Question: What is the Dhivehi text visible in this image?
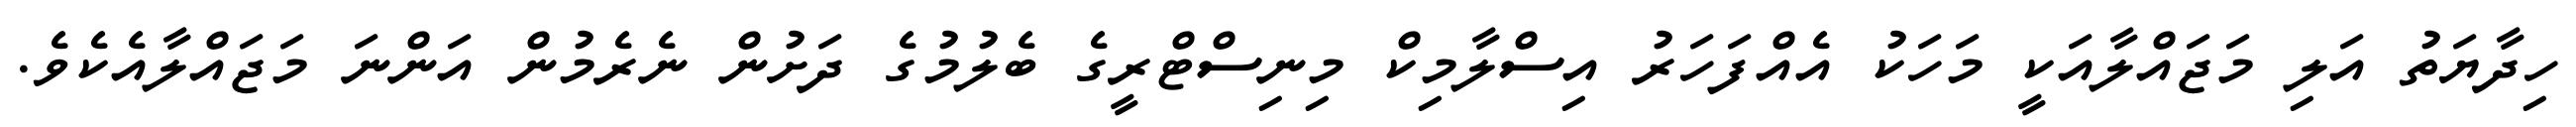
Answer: ހިދާޔަތު އަލި މަޖައްލާއަކީ މަހަކު އެއްފަހަރު އިސްލާމިކް މިނިސްޓްރީގެ ބެލުމުގެ ދަށުން ނެރެމުން އަންނަ މަޖައްލާއެކެވެ.